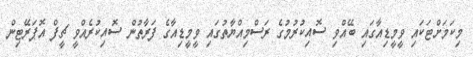
މިކަމަށްޓަކައި ވީމީޑިއާގައި ބޭއްވި ސޮއިކުރުމުގެ ރަސްމިއްޔާތުގައި ވީމީޑިއާގެ ފަރާތުން ސޮއިކުރެއްވީ ޗީފް އޮޕަރޭޓިން